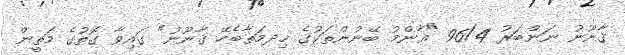
ޤާނޫނު ނަންބަރު 96/4 "ޢާންމު ބޭނުންތަކުގެ ޚިދމަތާބެހޭ ޤާނޫނު" ގައިވާ ގޮތުގެ މަތީން